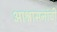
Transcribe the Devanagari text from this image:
आश्वासनांची